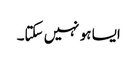
ایسا ہو نہیں سکتا۔